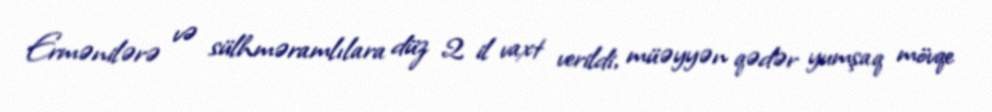
Ermənilərə və sülhməramlılara düz 2 il vaxt verildi, müəyyən qədər yumşaq mövqe